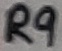
Text: R9